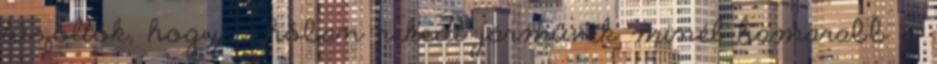
tűzoltók, hogy a hóban rekedt járművek minél hamarabb a